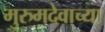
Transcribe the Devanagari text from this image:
मुरुमदेवाच्या